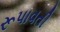
રૂપાવતી